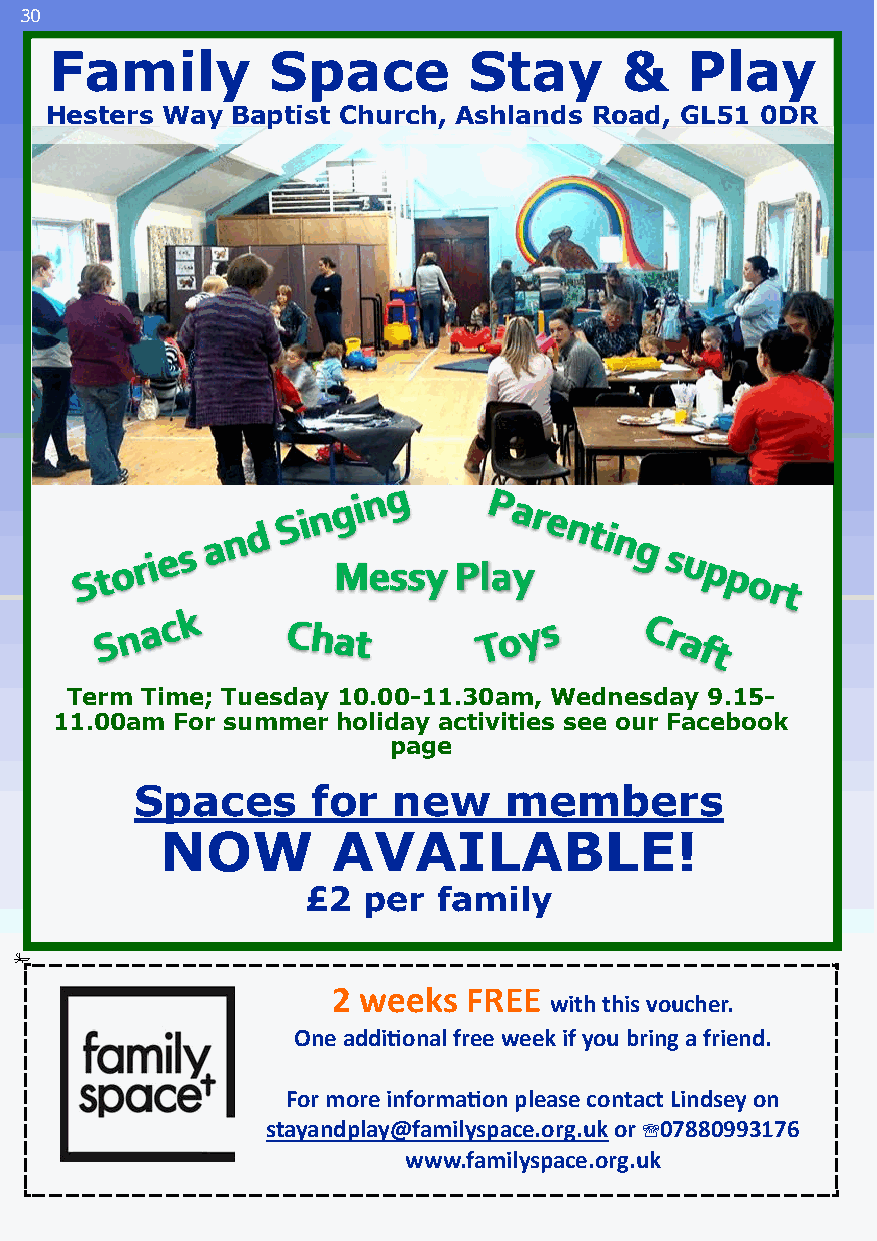
30
 Family         Space        Stay      &   Play
 Hesters Way Baptist Church, Ashlands Road, GL51 0DR
 MMeessssyy PPllaayy
 Term Time; Tuesday 10.00-11.30am, Wednesday 9.15-
 11.00am For summer holiday activities see our Facebook
 page
 Spaces      for  new    members
 NOW        AVAILABLE!
 £2  per  family
 2 weeks  FREE
 with this voucher.
 One additional free week if you bring a friend.
 For more information please contact Lindsey on
 stayandplay@familyspace.org.uk or 07880993176
 www.familyspace.org.uk